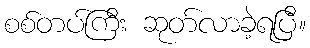
စစ်တပ်ကြီး ဆုတ်လာခဲ့ရပြီ။